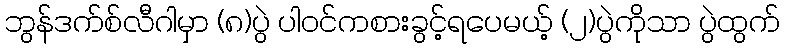
ဘွန်ဒက်စ်လီဂါမှာ (၈)ပွဲ ပါဝင်ကစားခွင့်ရပေမယ့် (၂)ပွဲကိုသာ ပွဲထွက်